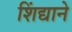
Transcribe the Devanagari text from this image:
शिंद्याने